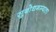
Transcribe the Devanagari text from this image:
सुबोधगम्यता